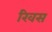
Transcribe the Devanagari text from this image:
रिवस